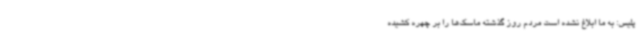
پلیس: به ما ابلاغ نشده است مردم روز گذشته ماسک‌ها را بر چهره کشیده